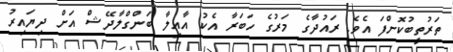
ތަރުތީބުކޮށްފަ އެވެ. ރައުދާގެ މަރުގެ ހަބަރާ އެކު އާއިލާ ބަންގްލާދޭޝް އަށް ދިޔައިރު